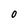
Character: 0